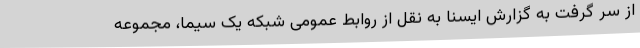
از سر گرفت به گزارش ایسنا به نقل از روابط عمومی شبکه یک سیما، مجموعه